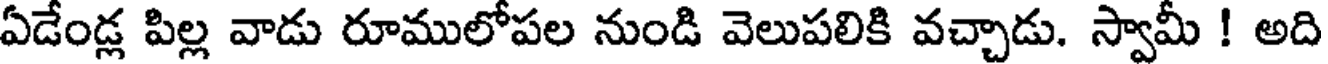
ఏడేండ్ల పిల్ల వాడు రూములోపల నుండి వెలుపలికి వచ్చాడు. స్వామీ ! అది